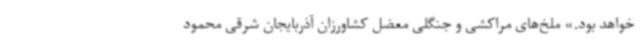
خواهد بود.» ملخ‌های مراکشی و جنگلی معضل کشاورزان آذربایجان شرقی محمود